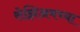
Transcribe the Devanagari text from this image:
सेझिअमच्या